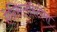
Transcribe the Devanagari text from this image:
ऐन्सिलॉस्टोमा